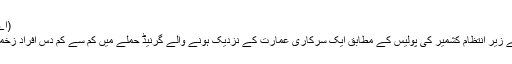
(اے ایف پی)
بھارت کے زیر انتظام کشمیر کی پولیس کے مطابق ایک سرکاری عمارت کے نزدیک ہونے والے گرنیڈ حملے میں کم سے کم دس افراد زخمی ہوگئے۔